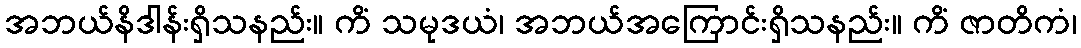
အဘယ်နိဒါန်းရှိသနည်း။ ကိံ သမုဒယံ၊ အဘယ်အကြောင်းရှိသနည်း။ ကိံ ဇာတိကံ၊